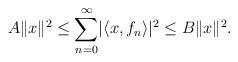
LaTeX: \begin{align*}A\lVert x\rVert^2\leq\sum_{n=0}^{\infty}\lvert\langle x,f_n\rangle\rvert^2\leq B\lVert x\rVert^2.\end{align*}